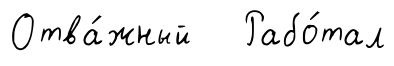
Отва́жный Рабо́тал